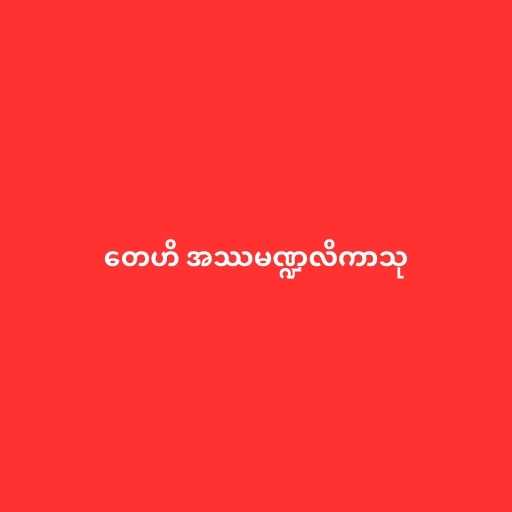
တေဟိ အဿမဏ္ဍလိကာသု